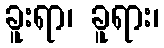
ခူးရာ၊ ခူရား၊